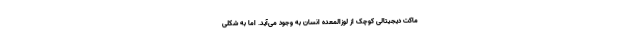
ماکت دیجیتالی کوچک از لوزالمعده انسان به وجود می‌آید. اما به شکلی